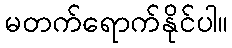
မတက်ရောက်နိုင်ပါ။